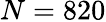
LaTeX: N=820